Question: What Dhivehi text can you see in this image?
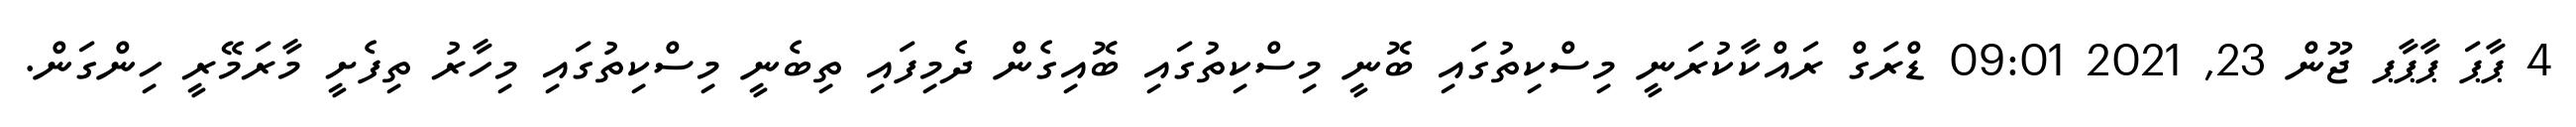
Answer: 4 ޕާޕަ ޕާޕާޕ ޖޫން 23, 2021 09:01 ޑްރަގް ރައްކާކުރަނީ މިސްކިތުގައި ބޮނީ މިސްކިތުގައި ބޮއިގެން ދެމިފައި ތިބެނީ މިސްކިތުގައި މިހާރު ތިފެށީ މާރަމޭރީ ހިންގަން.